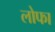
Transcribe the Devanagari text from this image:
लोफा